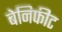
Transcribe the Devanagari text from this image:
बेनिफीट